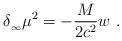
LaTeX: \begin{align*}\delta_{_\infty}\mu^2=-{M\over 2c^2} w \ .\end{align*}